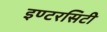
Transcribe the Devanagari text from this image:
इण्टरसिटी